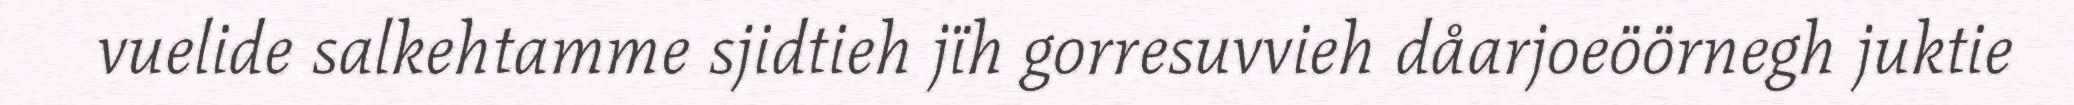
vuelide salkehtamme sjidtieh jïh gorresuvvieh dåarjoeöörnegh juktie